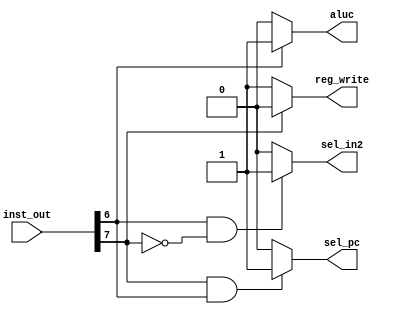
module control(inst_out, sel_pc, aluc, reg_write,sel_in2);

	input [7:0] inst_out;
	output sel_pc,aluc,reg_write,sel_in2;
  
	assign sel_pc= (inst_out[7] & inst_out[6])?1:0;

	assign aluc= inst_out[6]?1:0;

	assign reg_write= inst_out[7]?0:1;

	assign sel_in2= (inst_out[6] & (~inst_out[7]))?1:0;

endmodule